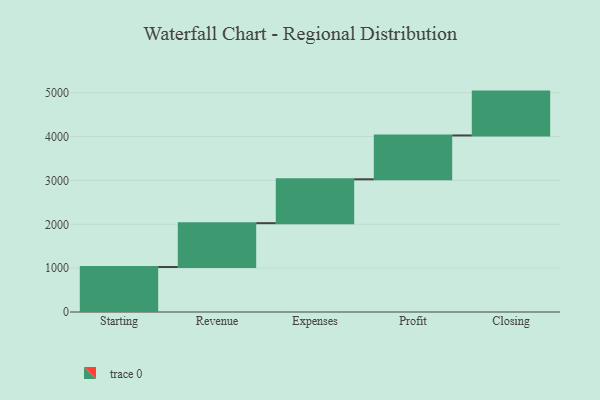
{"axis": {"x": "Step", "y": "Value"}, "legend": [""], "data": [{"x": "Starting", "y": 1026.0, "type": ""}, {"x": "Revenue", "y": 1000, "type": ""}, {"x": "Expenses", "y": 1000, "type": ""}, {"x": "Profit", "y": 1000, "type": ""}, {"x": "Closing", "y": 1000, "type": ""}]}